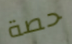
حصة